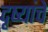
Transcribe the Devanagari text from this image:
दृष्यांचे